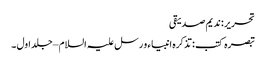
تحریر : ندیم صدیقی
تبصرہ کتب : تذکرہ انبیاء و رسل علیہ السلام – جلد اول ۔